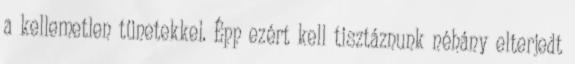
a kellemetlen tünetekkel. Épp ezért kell tisztáznunk néhány elterjedt